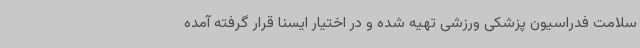
سلامت فدراسیون پزشکی ورزشی تهیه شده و در اختیار ایسنا قرار گرفته آمده